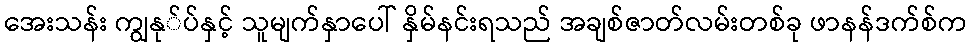
အေးသန်း ကျွနု်ပ်နှင့် သူမျက်နှာပေါ် နှိမ်နင်းရသည် အချစ်ဇာတ်လမ်းတစ်ခု ဖာနန်ဒက်စ်က